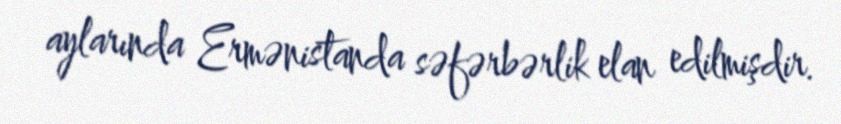
aylarında Ermənistanda səfərbərlik elan edilmişdir.